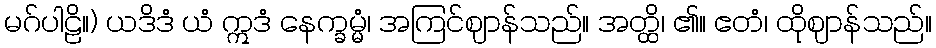
မဂ်ပါဠိ။) ယဒိဒံ ယံ ဣဒံ နေက္ခမ္မံ၊ အကြင်ဈာန်သည်။ အတ္ထိ၊ ၏။ ဧတံ၊ ထိုဈာန်သည်။